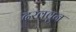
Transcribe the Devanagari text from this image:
दखवुन